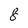
Character: 8